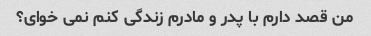
من قصد دارم با پدر و مادرم زندگی کنم نمی خوای؟